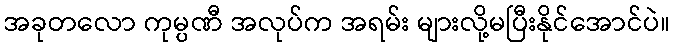
အခုတလော ကုမ္ပဏီ အလုပ်က အရမ်း များလို့မပြီးနိုင်အောင်ပဲ။